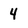
Character: 4